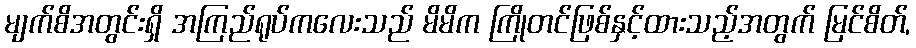
မျက်စိအတွင်းရှိ အကြည်ရုပ်ကလေးသည် မိမိက ကြိုတင်ဖြစ်နှင့်ထားသည့်အတွက် မြင်စိတ်,